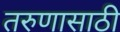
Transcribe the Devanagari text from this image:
तरुणासाठी